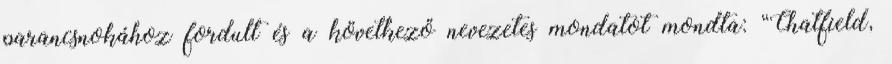
parancsnokához fordult és a következő nevezetes mondatot mondta: “Chatfield,